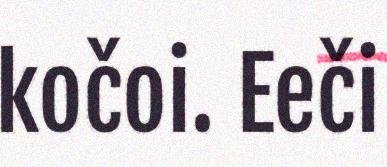
kočoi. Eeči